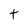
Character: t